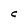
Character: C